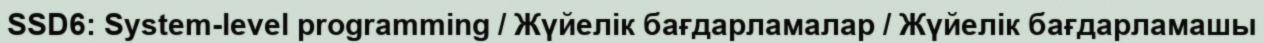
SSD6: System-level programming / Жүйелік бағдарламалар / Жүйелік бағдарламашы